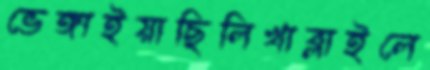
ভেঙ্গাইয়াছিলিখাব্‌লাইলে